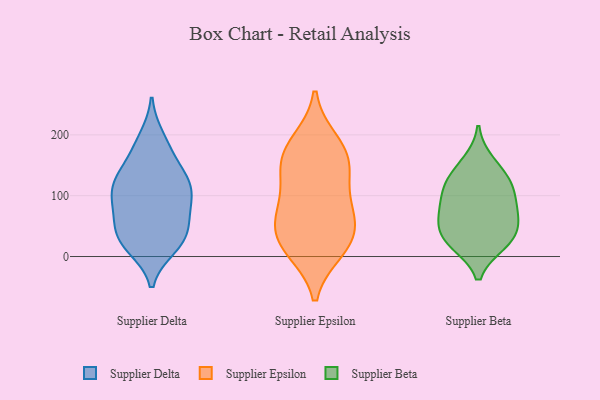
{"axis": {"x": "Churn Rate (%)", "y": "Value"}, "legend": ["Supplier Beta", "Supplier Delta", "Supplier Epsilon"], "data": [{"x": "", "y": 103, "type": "Supplier Delta"}, {"x": "", "y": 125, "type": "Supplier Delta"}, {"x": "", "y": 16, "type": "Supplier Delta"}, {"x": "", "y": 20, "type": "Supplier Delta"}, {"x": "", "y": 24, "type": "Supplier Delta"}, {"x": "", "y": 78, "type": "Supplier Delta"}, {"x": "", "y": 106, "type": "Supplier Delta"}, {"x": "", "y": 36, "type": "Supplier Delta"}, {"x": "", "y": 181, "type": "Supplier Delta"}, {"x": "", "y": 126, "type": "Supplier Delta"}, {"x": "", "y": 161, "type": "Supplier Delta"}, {"x": "", "y": 71, "type": "Supplier Delta"}, {"x": "", "y": 195, "type": "Supplier Delta"}, {"x": "", "y": 34, "type": "Supplier Delta"}, {"x": "", "y": 122, "type": "Supplier Delta"}, {"x": "", "y": 126, "type": "Supplier Delta"}, {"x": "", "y": 50, "type": "Supplier Delta"}, {"x": "", "y": 83, "type": "Supplier Delta"}, {"x": "", "y": 66, "type": "Supplier Epsilon"}, {"x": "", "y": 148, "type": "Supplier Epsilon"}, {"x": "", "y": 158, "type": "Supplier Epsilon"}, {"x": "", "y": 133, "type": "Supplier Epsilon"}, {"x": "", "y": 86, "type": "Supplier Epsilon"}, {"x": "", "y": 17, "type": "Supplier Epsilon"}, {"x": "", "y": 42, "type": "Supplier Epsilon"}, {"x": "", "y": 24, "type": "Supplier Epsilon"}, {"x": "", "y": 74, "type": "Supplier Epsilon"}, {"x": "", "y": 188, "type": "Supplier Epsilon"}, {"x": "", "y": 11, "type": "Supplier Epsilon"}, {"x": "", "y": 176, "type": "Supplier Epsilon"}, {"x": "", "y": 21, "type": "Supplier Beta"}, {"x": "", "y": 100, "type": "Supplier Beta"}, {"x": "", "y": 41, "type": "Supplier Beta"}, {"x": "", "y": 68, "type": "Supplier Beta"}, {"x": "", "y": 114, "type": "Supplier Beta"}, {"x": "", "y": 117, "type": "Supplier Beta"}, {"x": "", "y": 21, "type": "Supplier Beta"}, {"x": "", "y": 133, "type": "Supplier Beta"}, {"x": "", "y": 70, "type": "Supplier Beta"}, {"x": "", "y": 31, "type": "Supplier Beta"}, {"x": "", "y": 156, "type": "Supplier Beta"}, {"x": "", "y": 70, "type": "Supplier Beta"}]}